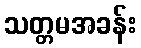
သတ္တမအခန်း